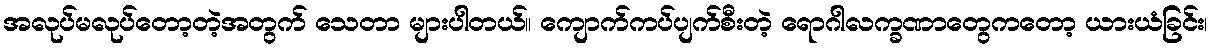
အလုပ်မလုပ်တော့တဲ့အတွက် သေတာ များပါတယ်။ ကျောက်ကပ်ပျက်စီးတဲ့ ရောဂါလက္ခဏာတွေကတော့ ယားယံခြင်း၊